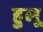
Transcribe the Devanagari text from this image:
हुलू